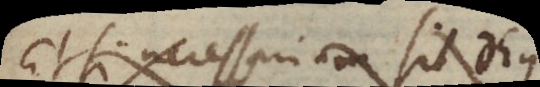
Etsi necessarium sit Deus